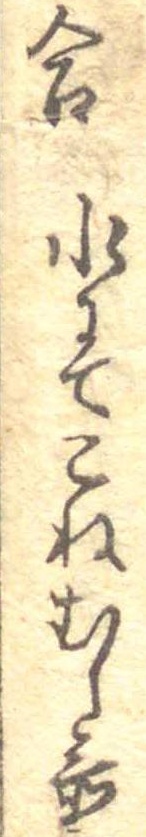
合水にてこねむし置